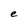
Character: e